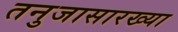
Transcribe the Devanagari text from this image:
तनुजासारख्या